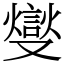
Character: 燮